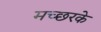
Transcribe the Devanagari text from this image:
मच्छरके